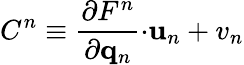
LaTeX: C^{n}\equiv\frac{\partial F^{n}}{\partial\mathbf{q}_{n}}\mathbf{\cdot u}_{n}+v_{n}